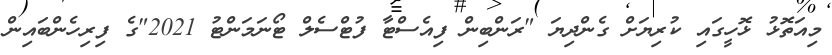
މިއަތޮޅު ޅޮހީގައި ކުރިޔަށް ގެންދިޔަ "ރަންބިން ފިއެސްޓާ ފުޓްސެލް ޓޯނަމަންޓު 2021"ގެ ފިރިހެންބައިން